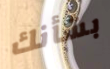
بشأنك